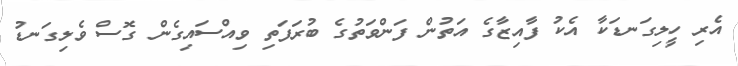
އެރި ހީލިގަނޑަކާ އެކު ފާއިޒާގެ އަތުން ފަންވަތުގެ ބުރަފަތި ވިއްސައިގެން ގޮސް ވެލިގަނޑު